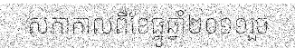
សភាកាលពីខែធ្នូឆ្នាំ២០១១រួច